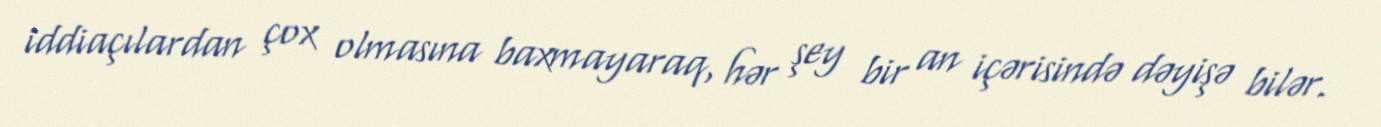
iddiaçılardan çox olmasına baxmayaraq, hər şey bir an içərisində dəyişə bilər.